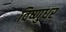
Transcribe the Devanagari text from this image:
विष्णुधर